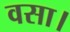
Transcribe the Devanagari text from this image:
वसा।